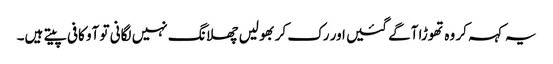
یہ کہہ کر وہ تھوڑا آگے گئیں اور رک کر بھولیں چھلانگ نہیں لگانی تو آو کافی پیتے ہیں۔